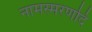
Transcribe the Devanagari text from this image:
नामस्मरणदि